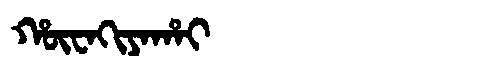
Manchu: ᡥᡡᠸᠠᡴᡳᠶᠠᡥᠠᡳ
Romanization: HŪWAKIYAHAI